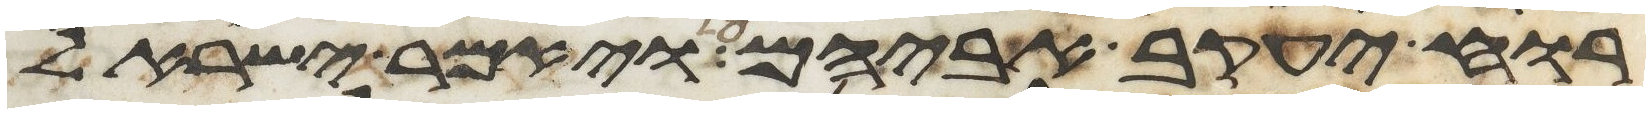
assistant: רוח יעקב אביהם ויאמר ישראל